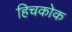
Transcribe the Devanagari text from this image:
हिचकोक